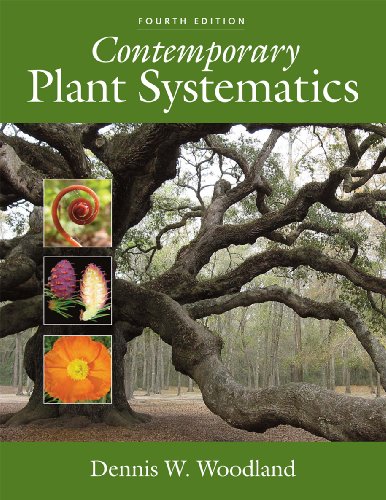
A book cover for Contemporary Plant Systematics; Dennis W. Woodland; Science & Math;